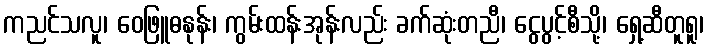
ကညင်သလူ၊ ဝေဖြူဓနုန်း၊ ကွမ်းထန်းအုန်းလည်း ခက်ဆုံးတညီ၊ ငွေပွင့်စီသို့၊ ရှေ့ဆီတူရူ၊